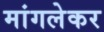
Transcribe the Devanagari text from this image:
मांगलेकर